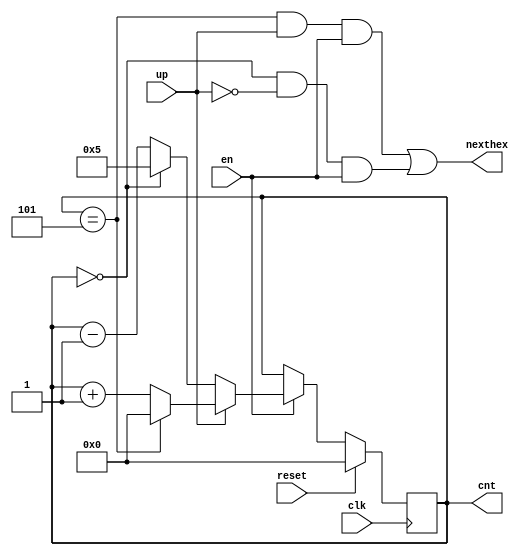
module hexcount(cnt, nexthex, en, up, clk, reset);
	output [3:0]    cnt;
    	output          nexthex;
    	input           en, up;
    	input           clk, reset;

	reg    [3:0]    cnt, ncnt;

	always @(posedge clk) begin
        if(reset)
            cnt <= 4'b0000;
        else
            if(en)
                cnt <= ncnt;
            else
                cnt <= cnt;
    	end

    always @(cnt, up) begin
        if(up)
            ncnt = (cnt==5) ? 0 : cnt+1;
        else
            ncnt = (cnt==0) ? 5 : cnt-1;
    end

    assign nexthex = ((cnt==5) && up && en) || ((cnt==0) && !up && en);
endmodule